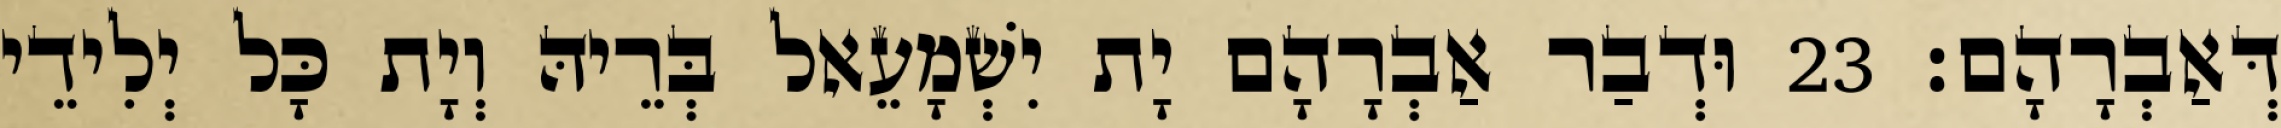
דְּאַבְרָהָם׃ 23 וּדְבַר אַבְרָהָם יָת יִשְׁמָעֵאל בְּרֵיהּ וְיָת כָּל יְלִידֵי